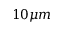
1 0 \mu m